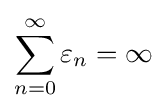
\sum _{n=0}^{\infty }\varepsilon _{n}=\infty